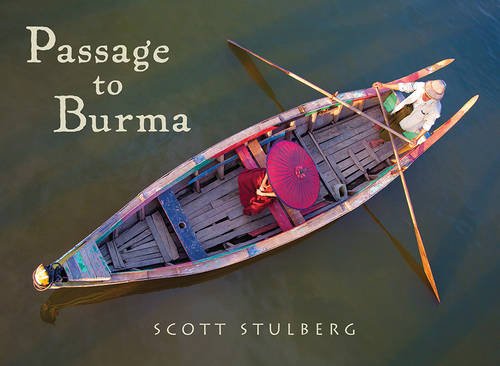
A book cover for Passage to Burma; Travel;